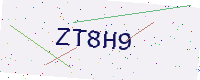
Text: ZT8H9